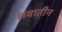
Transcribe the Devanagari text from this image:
शयातीन